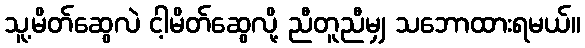
သူ့မိတ်ဆွေလဲ ငါ့မိတ်ဆွေလို့ ညီတူညီမျှ သဘောထားရမယ်။